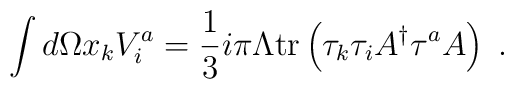
\int d\Omega x_{k}V_{i}^{a}=\frac{1}{3}i\pi\Lambda\mathrm{tr}\left(  \tau_{k}\tau_{i}A^{\dag}\tau^{a}A\right)  \;.